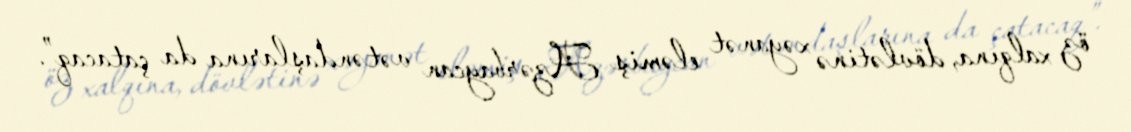
öz xalqına, dövlətinə xəyanət eləmiş Azərbaycan vətəndaşlarına da çatacaq”.